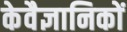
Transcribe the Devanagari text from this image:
केवैज्ञानिकों